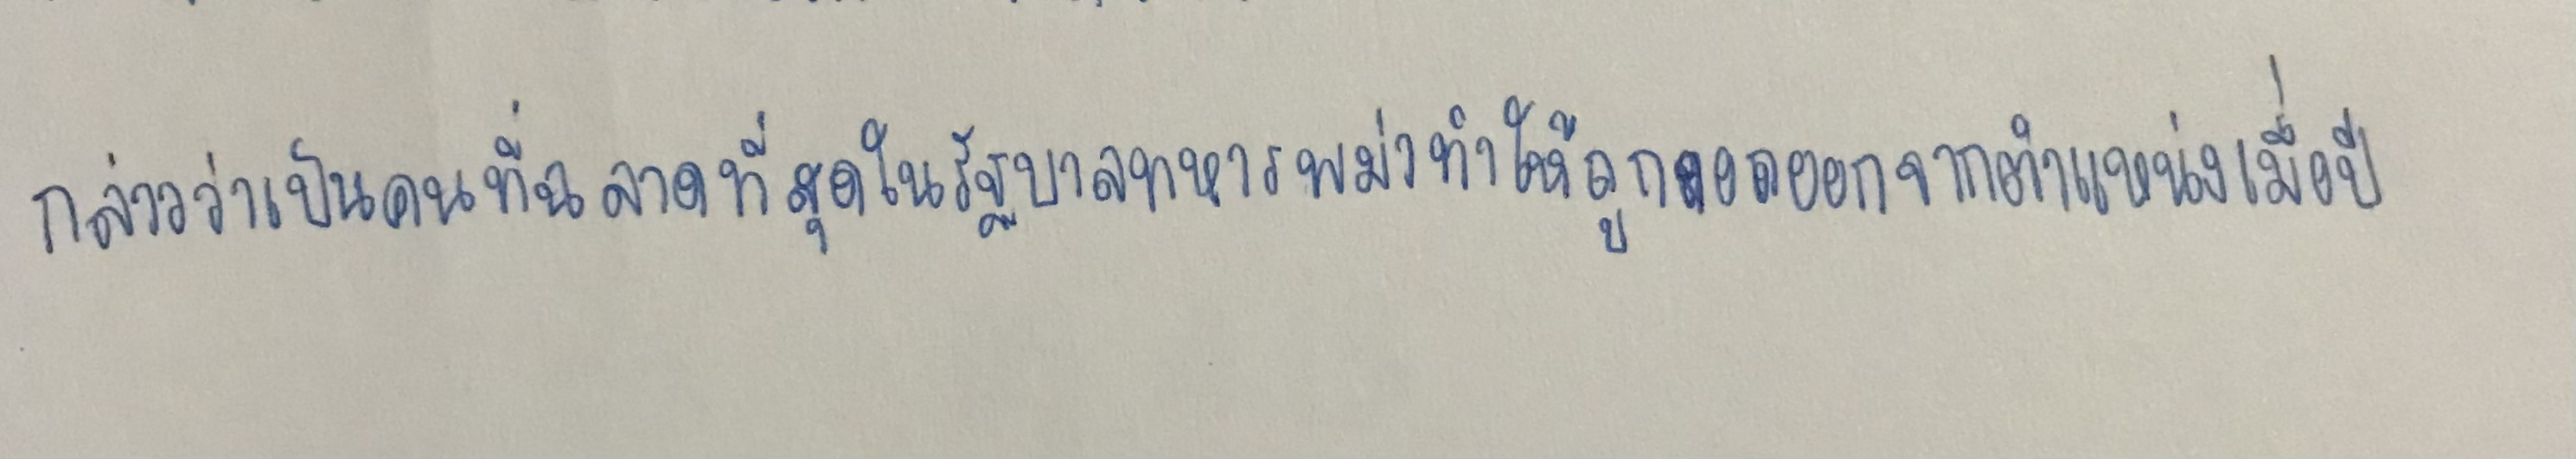
กล่าวว่าเป็นคนที่ฉลาดที่สุดในรัฐบาลทหารพม่าทำให้ถูกถอดออกจากตำแหน่งเมื่อปี